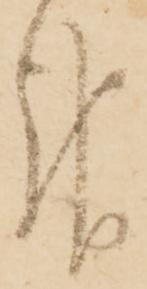
報